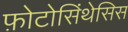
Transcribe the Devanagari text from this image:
फ़ोटोसिंथेसिस